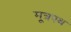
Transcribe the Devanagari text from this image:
मूत्रपथ